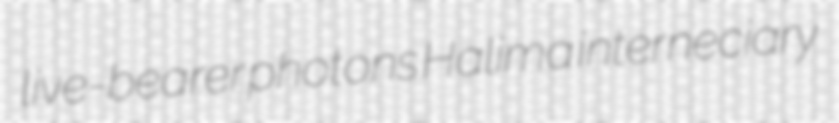
live-bearer photons Halima interneciary